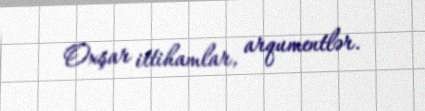
Oxşar ittihamlar, arqumentlər.